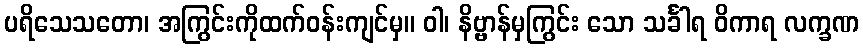
ပရိသေသတော၊ အကြွင်းကိုထက်ဝန်းကျင်မှ။ ဝါ၊ နိဗ္ဗာန်မှကြွင်း သော သင်္ခါရ ဝိကာရ လက္ခဏ